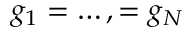
g _ { 1 } = \dots , = g _ { N }